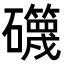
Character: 𥗥